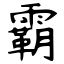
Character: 霸